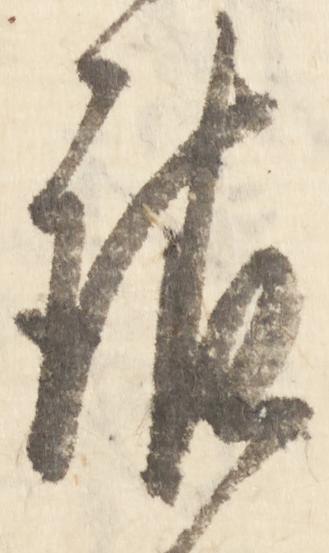
請